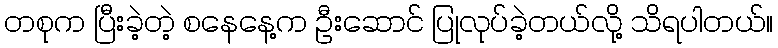
တစုက ပြီးခဲ့တဲ့ စနေနေ့က ဦးဆောင် ပြုလုပ်ခဲ့တယ်လို့ သိရပါတယ်။